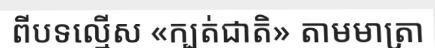
ពីបទល្មើស «ក្បត់ជាតិ» តាមមាត្រា